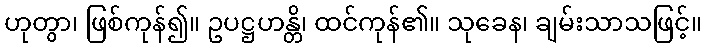
ဟုတွာ၊ ဖြစ်ကုန်၍။ ဥပဋ္ဌဟန္တိ၊ ထင်ကုန်၏။ သုခေန၊ ချမ်းသာသဖြင့်။